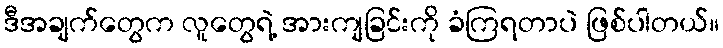
ဒီအချက်တွေက လူတွေရဲ့ အားကျခြင်းကို ခံကြရတာပဲ ဖြစ်ပါတယ်။